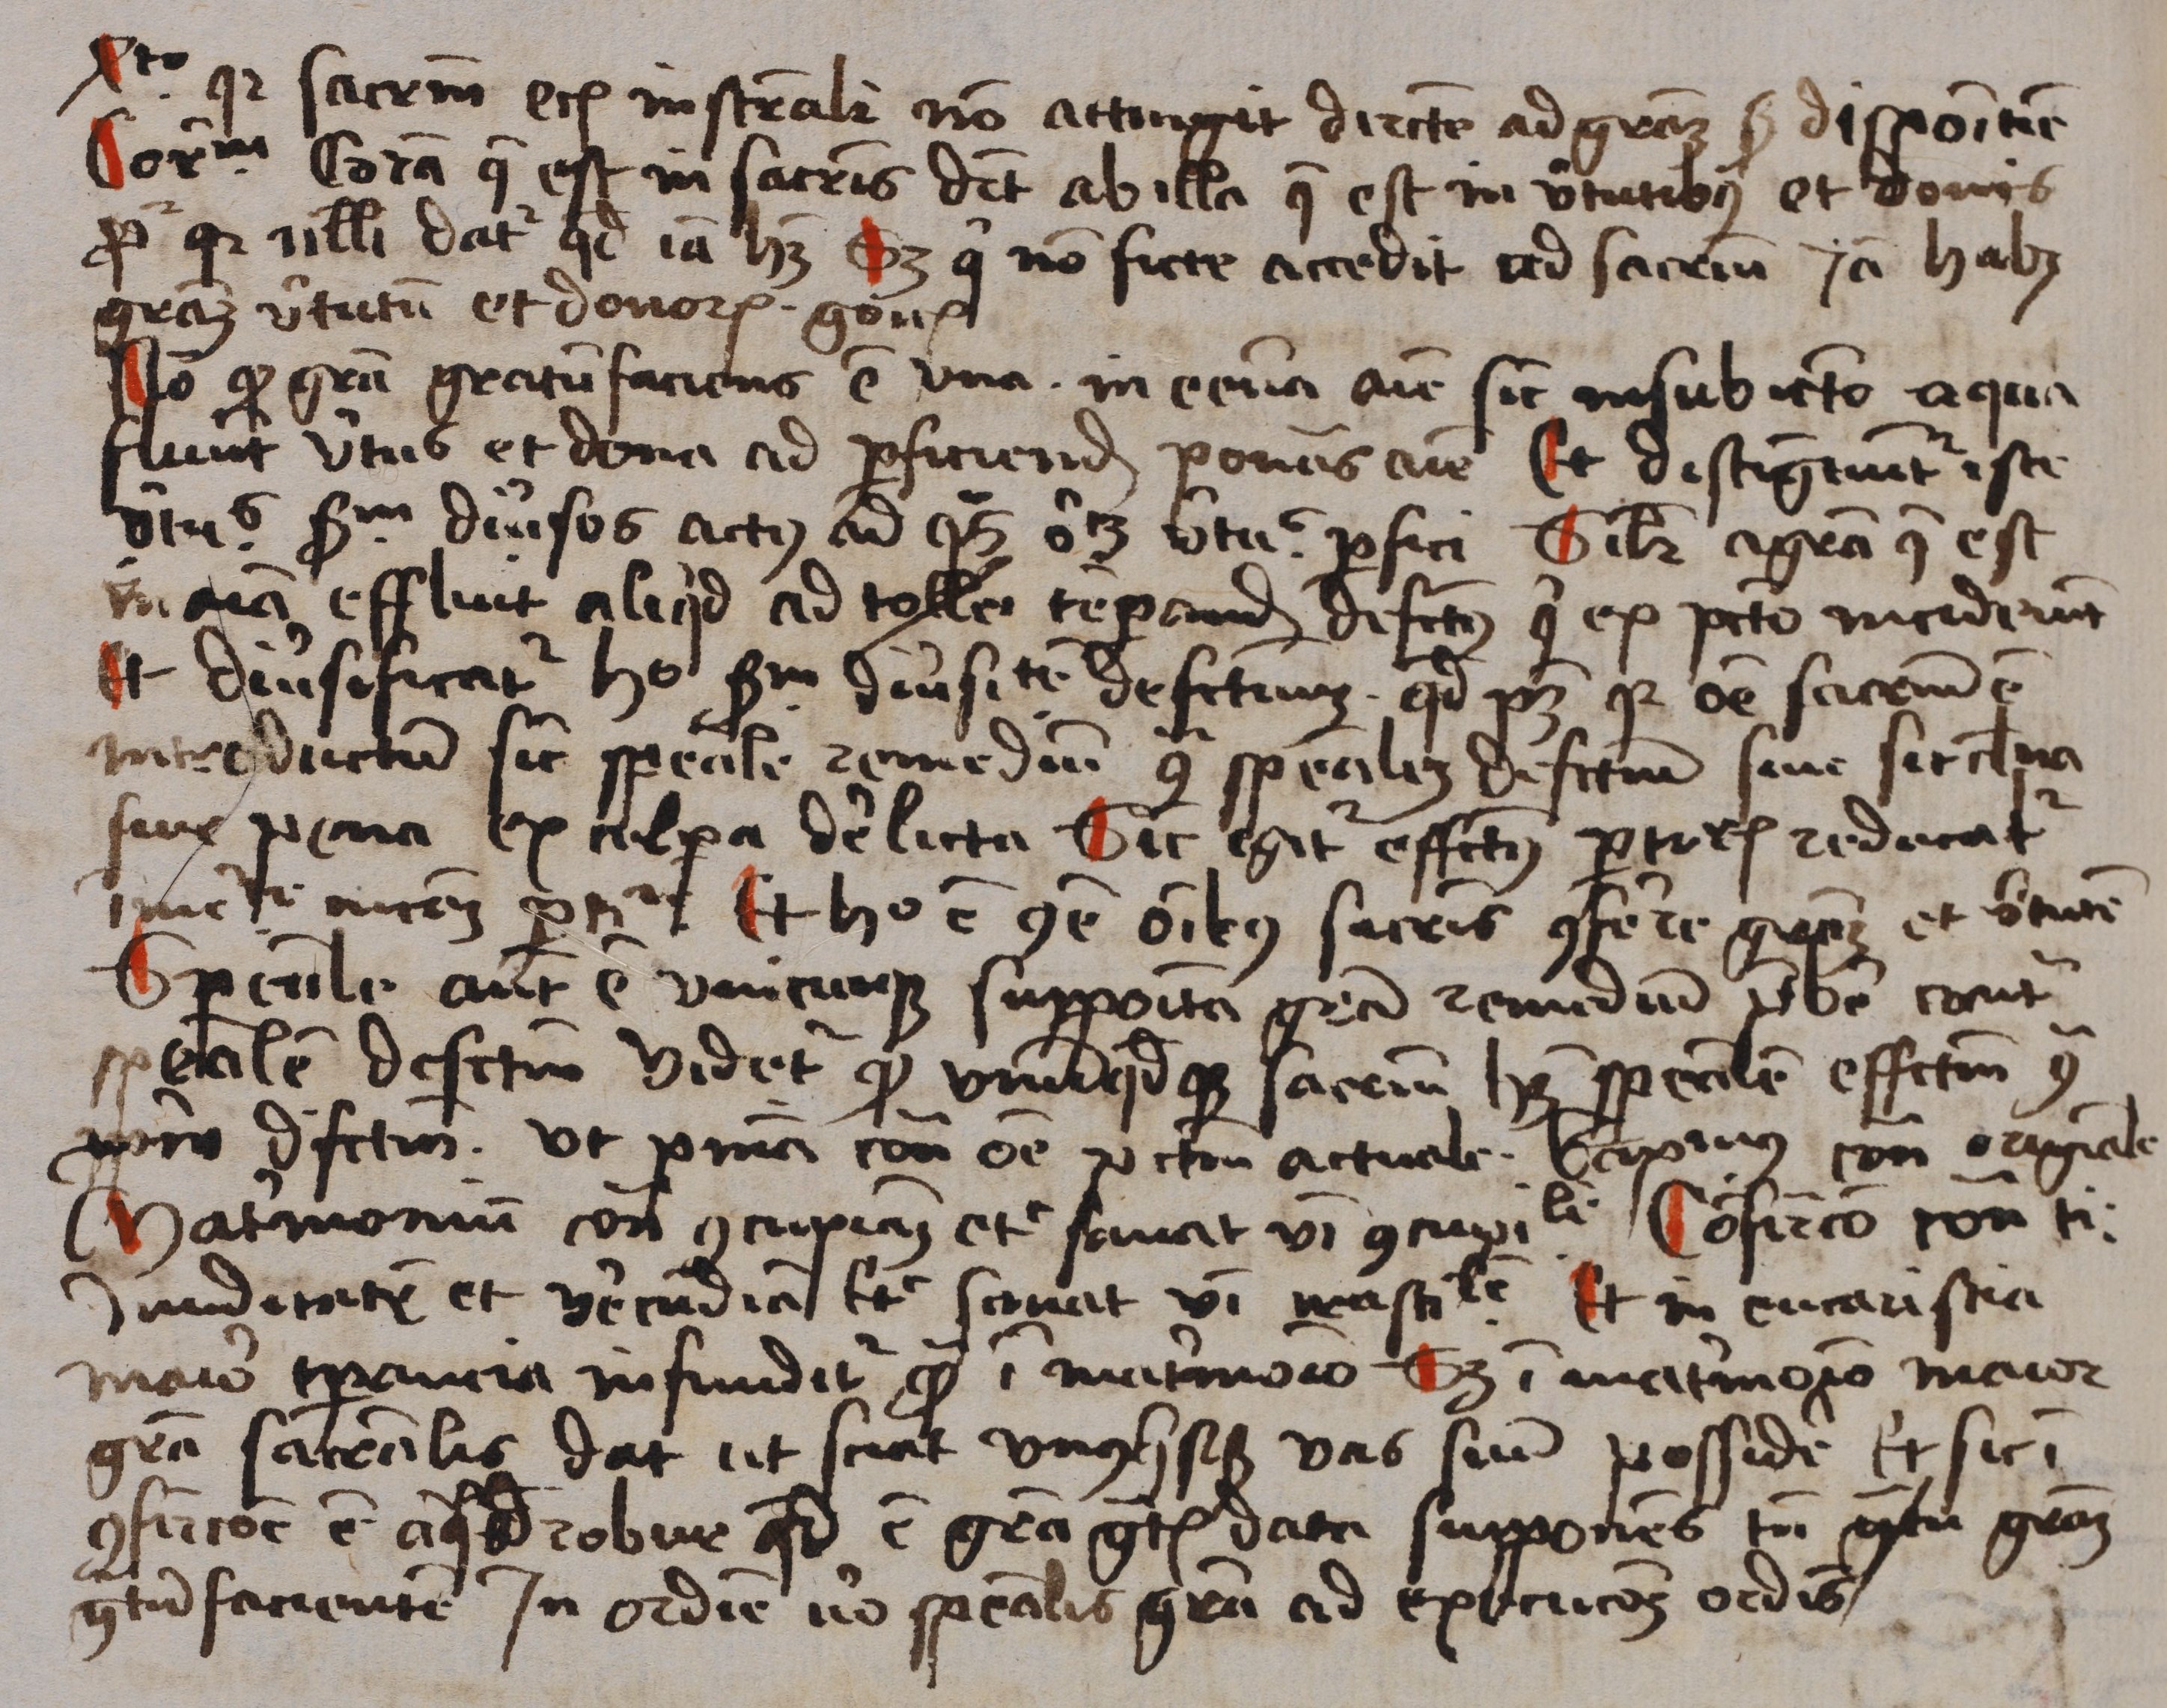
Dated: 1488–1488